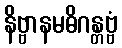
နိဗ္ဗာနမဓိဂန္တဗ္ဗံ